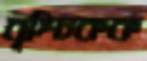
বৃশ্চিকক